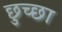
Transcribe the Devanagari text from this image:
छुच्छा